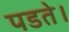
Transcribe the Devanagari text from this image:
पडते।